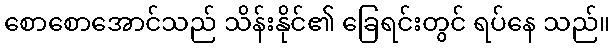
စောစောအောင်သည် သိန်းနိုင်၏ ခြေရင်းတွင် ရပ်နေ သည်။